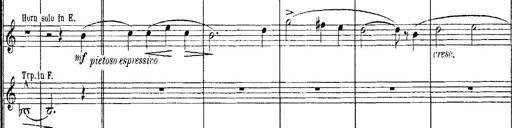
Title: Huldigungsmarsch
Composer: Franz Liszt